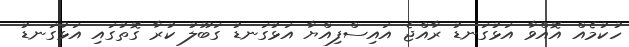
ހުކުމެއް އޮއްވާ އަޅުގަނޑު ރާއްޖެ އައިސްފިއްޔާ އަޅުގަނޑު ގަބޫލު ކުރާ ގޮތުގައި އަޅުގަނޑު